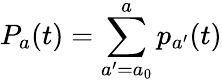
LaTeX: P_{a}(t)=\sum_{a^{\prime}=a_{0}}^{a}p_{a^{\prime}}(t)